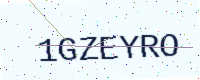
Text: 1GZEYRO